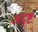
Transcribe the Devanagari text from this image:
अदृष्टं